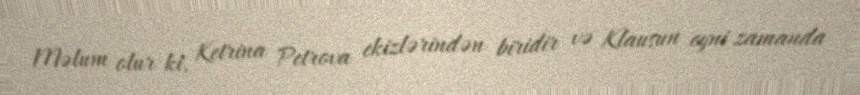
Məlum olur ki, Ketrina Petrova ekizlərindən biridir və Klausun eyni zamanda